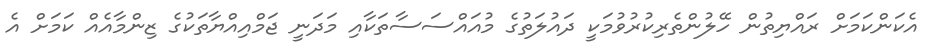
އެކަންކަމަށް ރައްޔިތުން ހޭލުންތެރިކުރުވުމަކީ ދައުލަތުގެ މުއައްސަސާތަކާއި މަދަނީ ޖަމްއިއްޔާތަކުގެ ޒިންމާއެއް ކަމަށް އެ